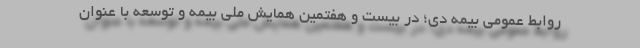
روابط عمومی بیمه دی؛ در بیست و هفتمین همایش ملی بیمه و توسعه با عنوان